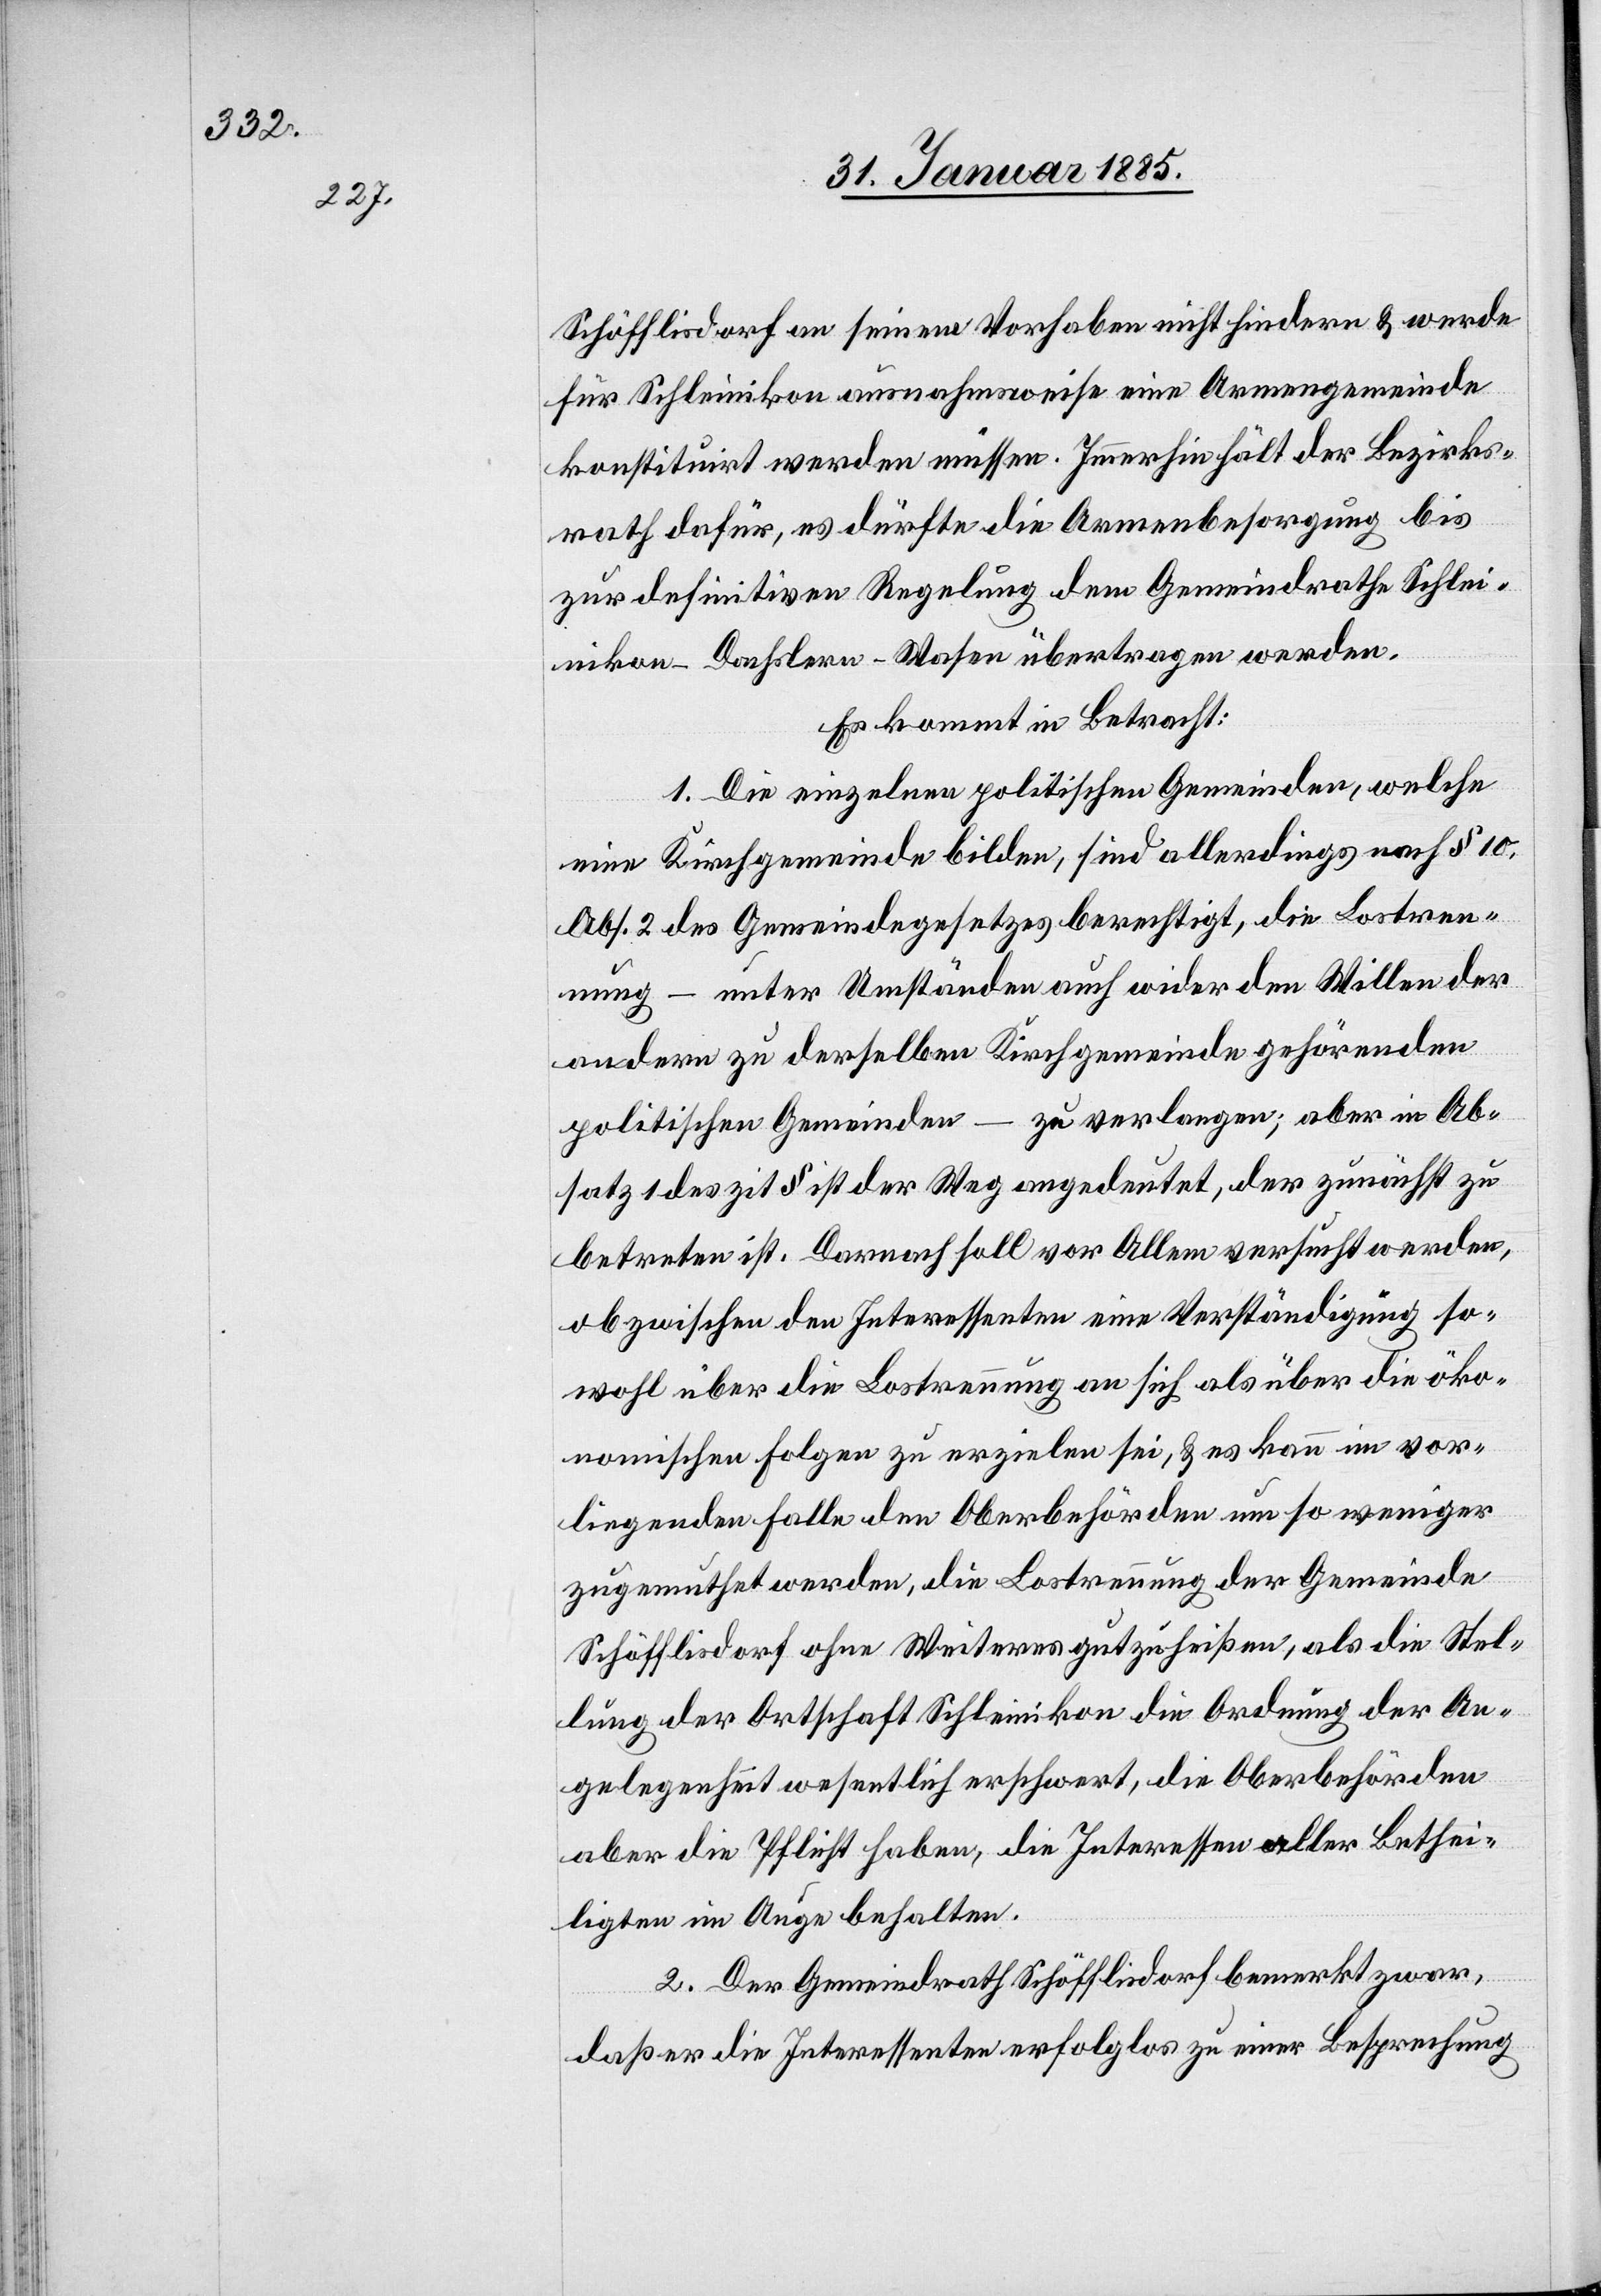
Schöfflisdorf an seinem Vorhaben nicht hindern & werde
für Schleinikon ausnahmsweise eine Armengemeinde
konstituirt werden müssen. Immerhin hält der Bezirks¬
rath dafür, es dürfte die Armenbesorgung bis
zur definitiven Regelung dem Gemeindrathe Schlei¬
nikon-Dachslern-Wasen übertragen werden.
Es kommt in Betracht:
1. Die einzelnen politischen Gemeinden, welche
eine Kirchgemeinde bilden, sind allerdings nach § 10,
Abs. 2 des Gemeindegesetzes berechtigt, die Lostren¬
nung – unter Umständen auch wider den Willen der
andern zu derselben Kirchgemeinde gehörenden
politischen Gemeinden – zu verlangen; aber in Ab¬
satz 1 des zit. § ist der Weg angedeutet, der zunächst zu
betreten ist. Darnach soll vor Allem versucht werden,
ob zwischen den Interessenten eine Verständigung so¬
wohl über die Lostrennung an sich als über die öko¬
nomischen Folgen zu erzielen sei, & es kann im vor¬
liegenden Falle den Oberbehörden um so weniger
zugemuthet werden, die Lostrennung der Gemeinde
Schöfflisdorf ohne Weiteres gutzuheißen, als die Stel¬
lung der Ortschaft Schleinikon die Ordnung der An¬
gelegenheit wesentlich erschwert, die Oberbehörden
aber die Pflicht haben, die Interessen aller Bethei¬
ligten im Auge behalten.
2. Der Gemeindrath Schöfflisdorf bemerkt zwar,
daß er die Interessenten erfolglos zu einer Besprechung